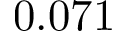
0 . 0 7 1